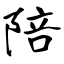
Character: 陪